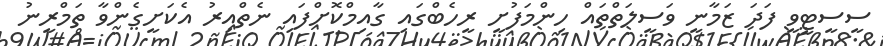
ސީސީޓީވީ ފަދަ ޒަމާނީ ވަަސީލަތްތައް ހިންމަފުށީ ރީހެބްގައި ގާއިމްކޮށްފައި ނެތްއިރު އެކަށީގެންވާ ތަމްރީނު